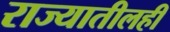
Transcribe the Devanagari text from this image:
राज्यातीलही